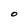
Character: O